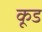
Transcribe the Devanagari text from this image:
कूड